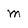
Character: m